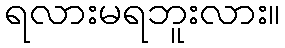
ရလားမရဘူးလား။